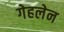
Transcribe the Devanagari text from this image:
गेहलेन